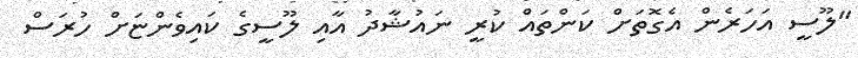
"ލޫސީ އަހަރެން އެގޮތަށް ކަންތައް ކުރީ ނައުޝާދު އާއި ލޫސީގެ ކައިވެންޏަށް ހުރަސް